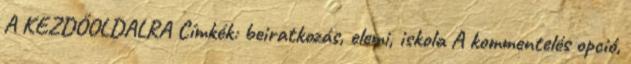
A KEZDŐOLDALRA Címkék: beiratkozás, elemi, iskola A kommentelés opció,